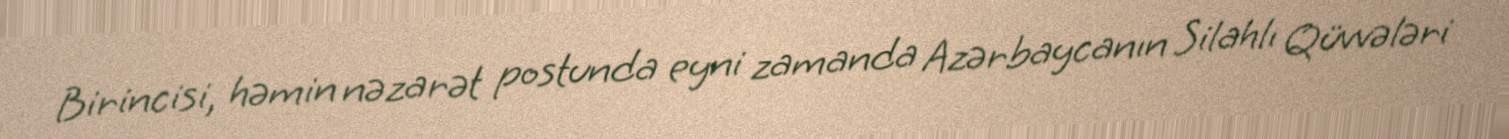
Birincisi, həmin nəzarət postunda eyni zamanda Azərbaycanın Silahlı Qüvvələri